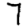
Digit: 7